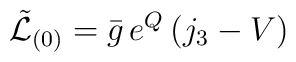
\tilde{\mathcal{L}}_{(0)} = \bar{g}\, e^Q \, (j_3 - V)\,